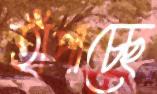
হাঁপাচ্ছে